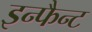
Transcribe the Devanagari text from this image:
इन्फैन्ट